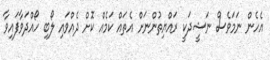
އެހެން ނަމަަވެސް ނަޝީދަކީ ރައްޔިތުންނަށް އެތައް ކަމެއް ކޮށް ދެއްވައި ލޯބި ހޯއްދަވާފައިވާ